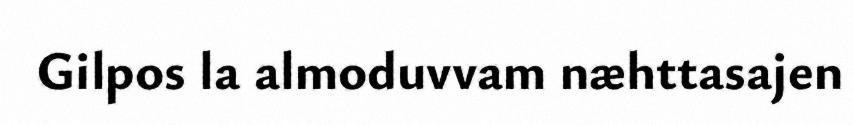
Gilpos la almoduvvam næhttasajen